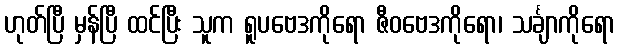
ဟုတ်ပြီ မှန်ပြီ ထင်ပြီး သူက ရူပဗေဒကိုရော ဇီဝဗေဒကိုရော၊ သင်္ချာကိုရော